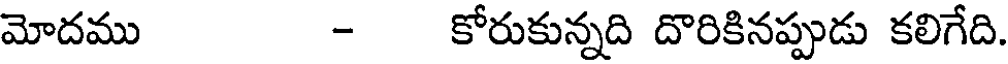
మోదము - కోరుకున్నది దొరికినప్పుడు కలిగేది.